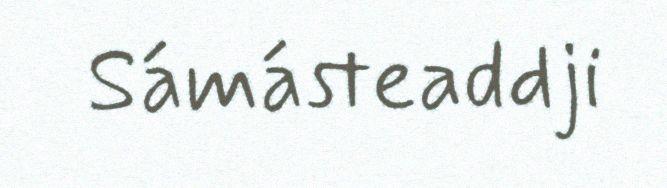
Sámásteaddji